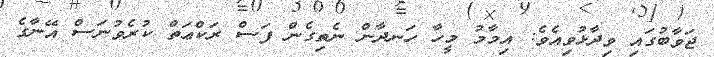
ޖަވާބުގައި ވިދާޅުވިއެވެ: އިމާމު މީހާ ހަނދާން ނެތިގެން ފަސް ރަކްޢަތް ކުރެވުނަސް އޭނާގެ